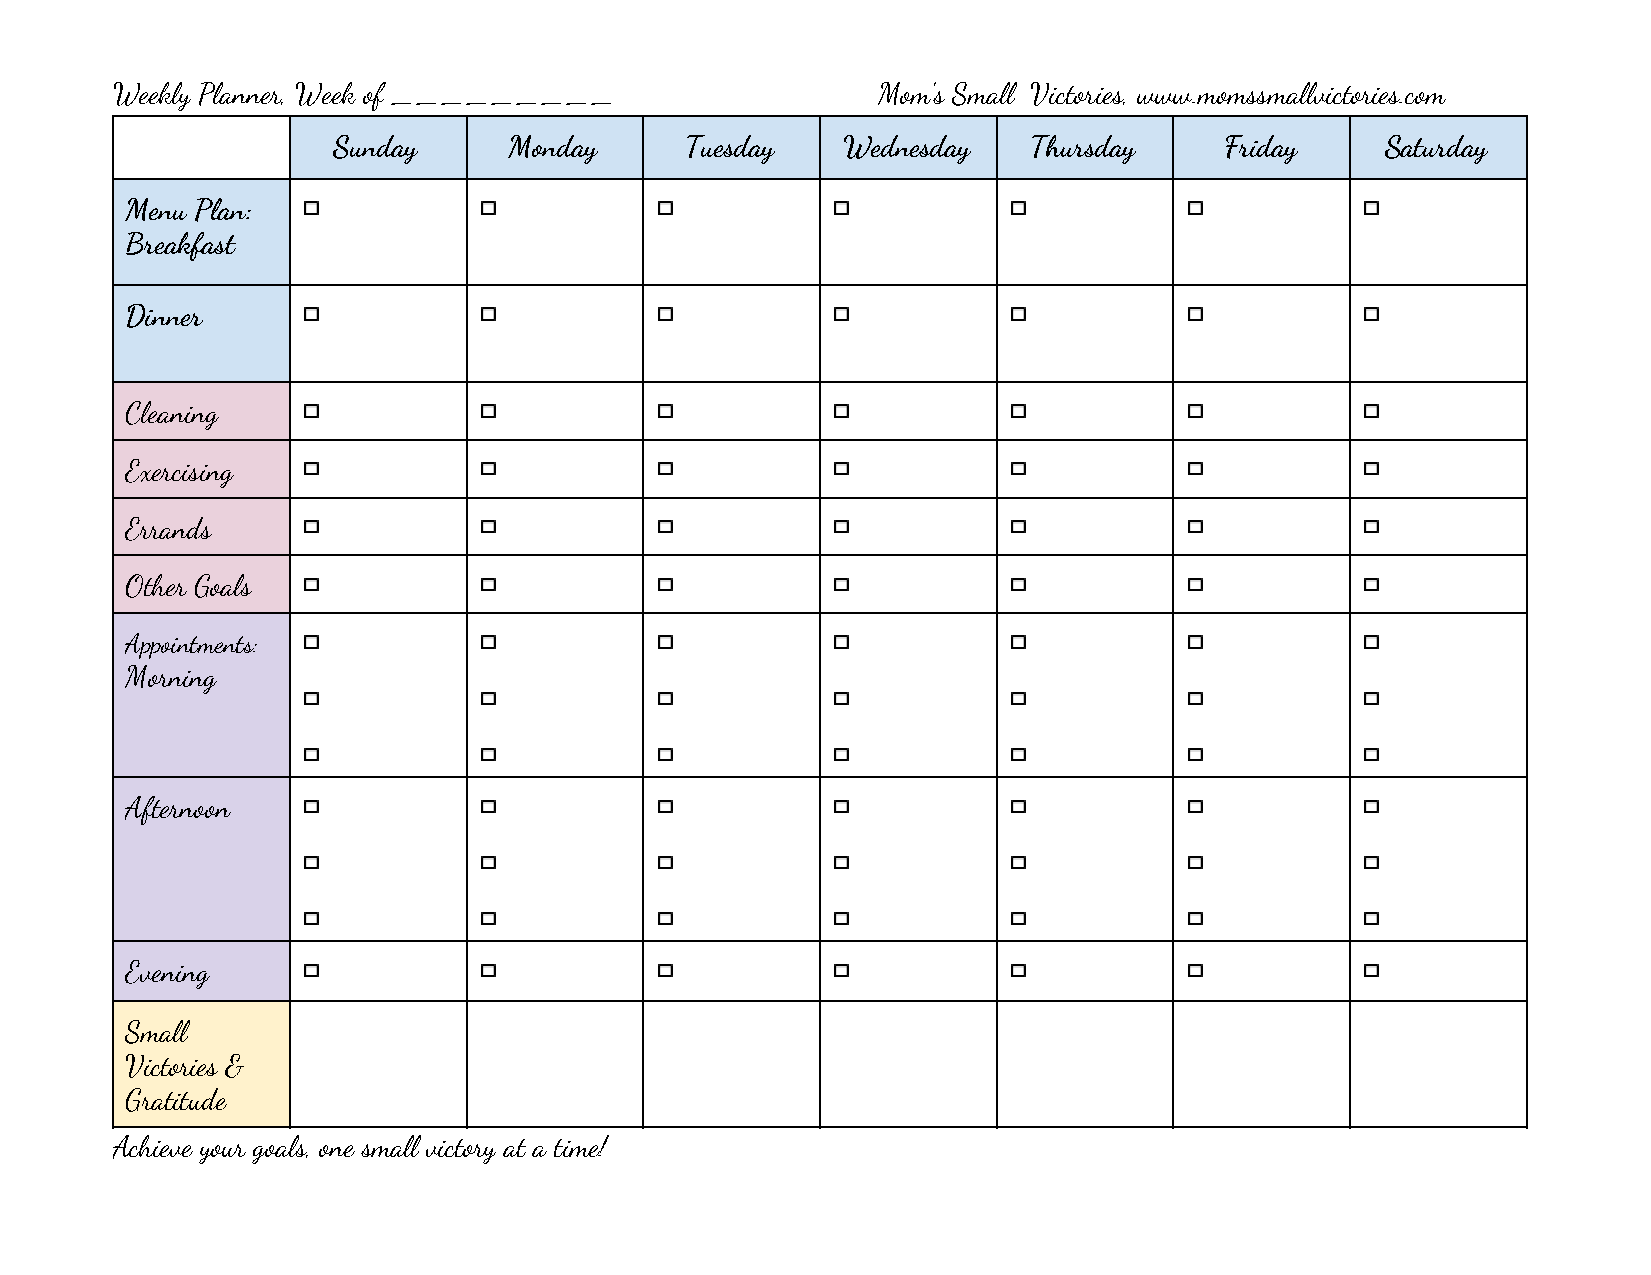
Weekly Planner, Week of _________                  Mom’s Small Victories, www.momssmallvictories.com
 Sunday      Monday     Tuesday    Wednesday   Thursday     Friday     Saturday
 Menu Plan:
 Breakfast
 Dinner
 Cleaning
 Exercising
 Errands
 Other Goals
 Appointments:
 Morning
 Afternoon
 Evening
 Small
 Victories &
 Gratitude
 Achieve your goals, one small victory at a time!